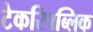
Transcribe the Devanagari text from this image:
टेकरिपब्लिक